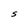
Character: S